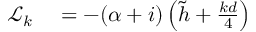
\begin{array} { r l } { \mathcal { L } _ { k } } & { { } = - ( \alpha + i ) \left( \tilde { h } + \frac { k d } { 4 } \right) } \end{array}